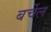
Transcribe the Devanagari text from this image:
बर्चेल